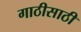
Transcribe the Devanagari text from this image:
गाठीसाठी